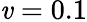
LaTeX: \mathit{v}=0.1